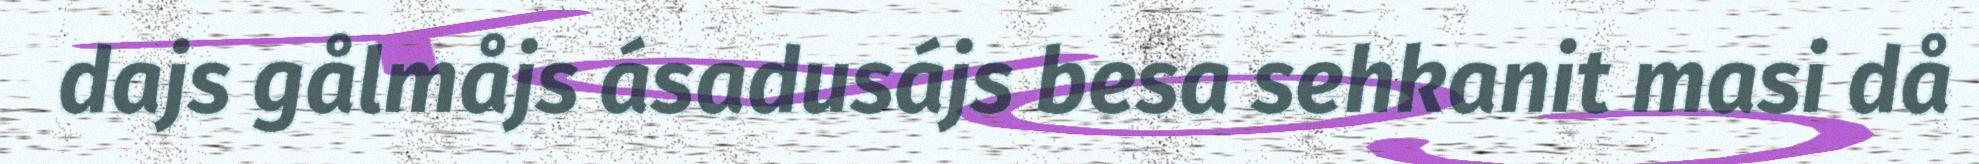
dajs gålmåjs ásadusájs besa sehkanit masi då